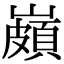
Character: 𡽠